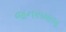
જનસમાજ